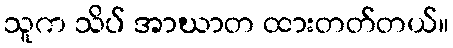
သူက သိပ် အာဃာတ ထားတတ်တယ်။